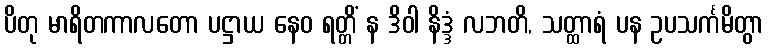
ပိတု မာရိတကာလတော ပဋ္ဌာယ နေဝ ရတ္တိံ န ဒိဝါ နိဒ္ဒံ လဘတိ, သတ္ထာရံ ပန ဥပသင်္ကမိတွာ